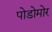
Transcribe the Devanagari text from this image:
पोडोमोर